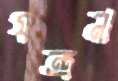
যন্ত্রনা